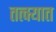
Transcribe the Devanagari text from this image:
तत्क्यात